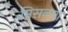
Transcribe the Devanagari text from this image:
मिसळण